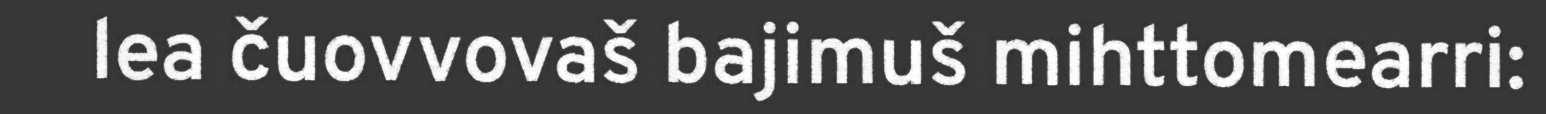
lea čuovvovaš bajimuš mihttomearri: